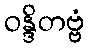
ဝန္ဒိတဗ္ဗံ